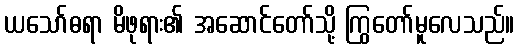
ယသော်ဓရာ မိဖုရား၏ အဆောင်တော်သို့ ကြွတော်မူလေသည်။